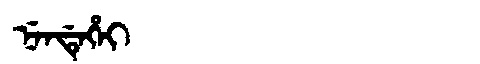
Manchu: ᠨᡝᠨᡩᡝᡥᡝᡳ
Romanization: NENDEHEI